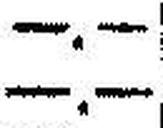
—.—